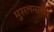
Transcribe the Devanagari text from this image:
मुसलमानोंके